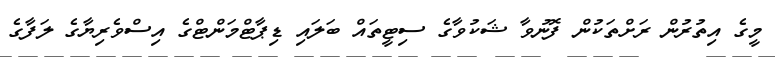
މީގެ އިތުރުން ރަށްތަކުން ފޮނުވާ ޝަކުވާގެ ސިޓީތައް ބަލައި ޑިޕާޓްމަންޓްގެ އިސްވެރިޔާގެ ލަފާގެ